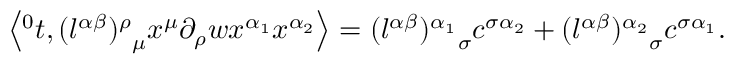
\left\langle { ^ 0 t } , { ( l ^ { \alpha \beta } ) ^ { \rho } } _ { \mu } x ^ { \mu } \partial _ { \rho } w x ^ { \alpha _ { 1 } } x ^ { \alpha _ { 2 } } \right\rangle = { ( l ^ { \alpha \beta } ) ^ { \alpha _ { 1 } } } _ { \sigma } c ^ { \sigma \alpha _ { 2 } } + { ( l ^ { \alpha \beta } ) ^ { \alpha _ { 2 } } } _ { \sigma } c ^ { \sigma \alpha _ { 1 } } .